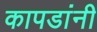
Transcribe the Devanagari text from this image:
कापडांनी